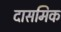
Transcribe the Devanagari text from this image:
दासमिक